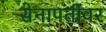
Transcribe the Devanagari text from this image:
सेनापतींवर